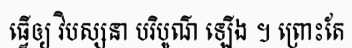
ធ្វើឲ្យ វិបស្សនា បរិបូណ៌ ឡើង ។ ព្រោះតែ